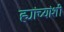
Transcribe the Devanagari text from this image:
ह्यांच्यांशी